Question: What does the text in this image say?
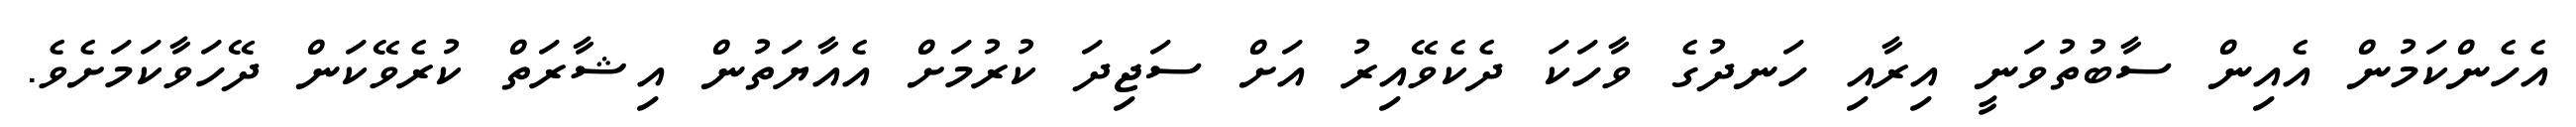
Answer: އެހެންކަމުން އެއިން ސާބުތުވަނީ އިރާއި ހަނދުގެ ވާހަކަ ދެކެވޭއިރު އަށް ސަޖިދަ ކުރުމަށް އެއާޔަތުން އިޝާރަތް ކުރެވޭކަން ދޭހަވާކަމަށެވެ.